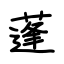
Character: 蓬